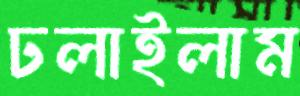
ঢলাইলাম